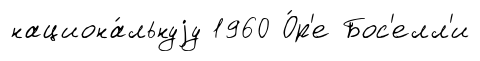
национа́льнуjу 1960 О́р'е Бос'елл'и